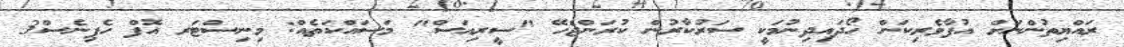
ރައްޔިތުންނަށް އުފާވެރިކަން ހޯދައިދިނުމަކީ ސަރުކާރުން ކުރަންޖެހޭ "ސީރިއަސް" މަސައްކަތެއް: މިނިސްޓަރ އޮފް ހެޕިނެސް3